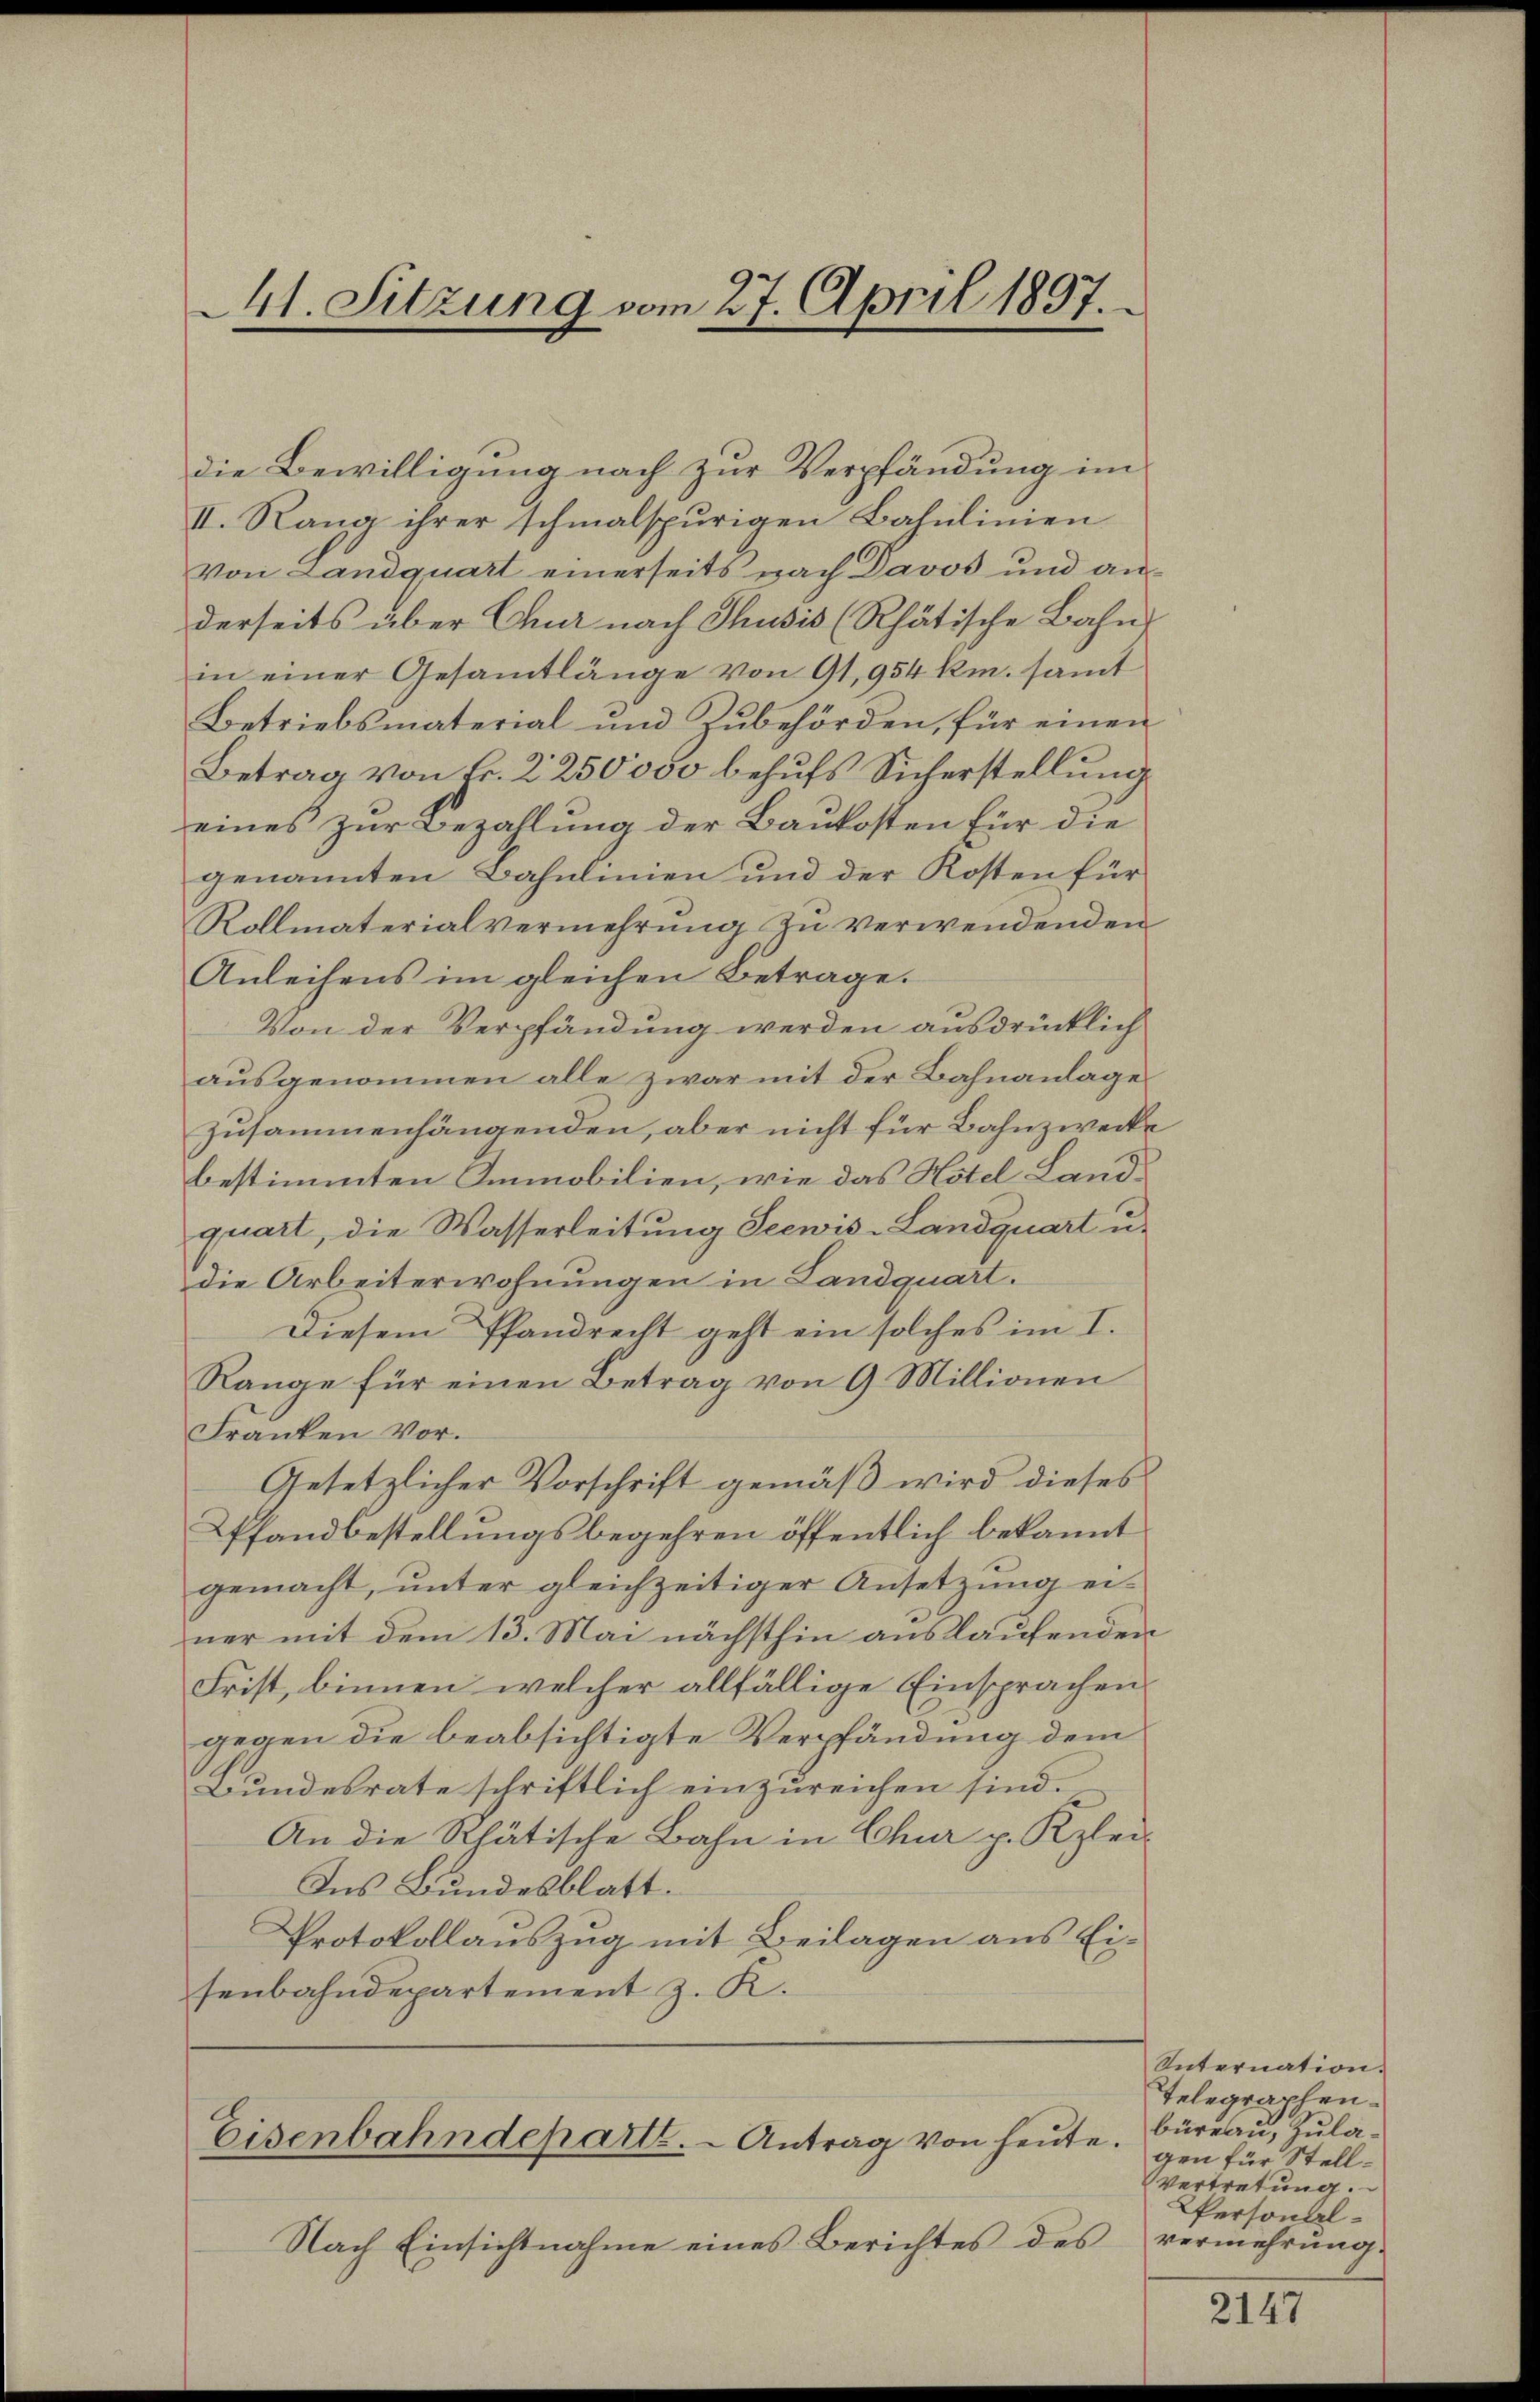
21. Sitzung vom 27. April 1897.

die Bewilligung nach zur Verpfändung im
II. Rang ihrer schmalspurigen Bahnlinien
von Landquart einerseits nach Davos und anderseits aber Chur nach Thusis (Rhätische Bahn
in einer Gesamtlänge von 91, 954 km. samt
Betriebsmaterial und Zubehörden, für einen
Betrag von Fr. 2250000 behufs Sicherstellung
eines zur Bezahlung der Baukosten für die
genannten Bahnlinien und der Kosten für
Rollmaterialvermehrŭng zŭ verwendenden
Anleihens im gleichen Betrage.
Von der Verpfändung werden ausdrücklich
ausgenommen alle zwar mit der Bahnanlage
zusammenhängenden, aber nicht für Bahnzwecke
bestimmten Immobilien, wie das Hotel Landquart, die Wasserleitung Seewis-Landquart u.
die Arbeiterwohnungen in Landquart.
Diesem Pfandrecht geht ein solches im I.
Range für einen Betrag von 9 Millionen
Franken Vor¬
Gesetzlicher Vorschrift gemäß wird dieses
Pfandbestellungsbegehren öffentlich bekannt
gemacht, unter gleichzeitiger Ansetzung einer mit dem 13. Mai nächsthin auslaufenden
Frist, binnen, welcher allfällige Einsprachen
gegen die beabsichtigte Verpfändung dem
Bundesrate schriftlich einzureichen sind.
An die Rhätische Bahn in Chur p. Kzlei-
Ins Bundesblatt.
Protokollauszug mit Beilagen aus Eisenbahndepartement z. R.

Nach Einsichtnahme eines Berichtes des

Eisenbahndepart. - Antrag von heute.

Unternation.
Telegraphen.
büreau, Zulagen für Stell¬
Vertretung.
Personalvermehrung.

2147